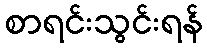
စာရင်းသွင်းရန်